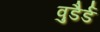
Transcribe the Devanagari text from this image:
वुडैर्ड